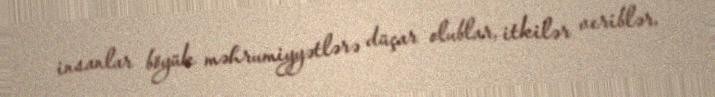
insanlar böyük məhrumiyyətlərə düçar olublar, itkilər veriblər.